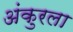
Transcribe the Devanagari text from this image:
अंकुरला